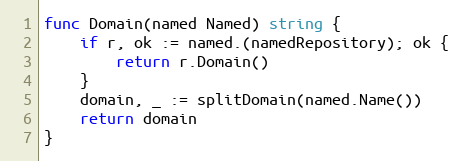
Language: Go
func Domain(named Named) string {
	if r, ok := named.(namedRepository); ok {
		return r.Domain()
	}
	domain, _ := splitDomain(named.Name())
	return domain
}